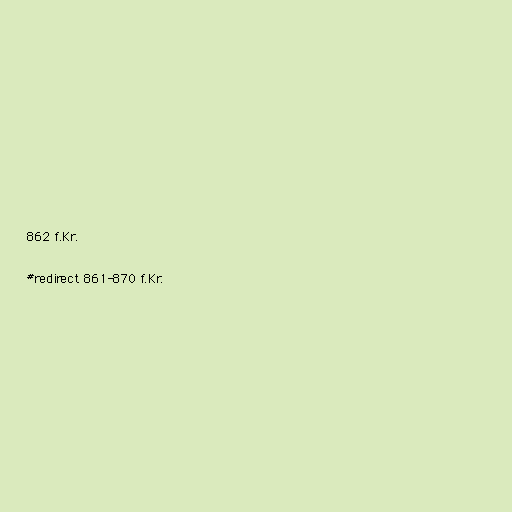
862 f.Kr.

#redirect 861-870 f.Kr.